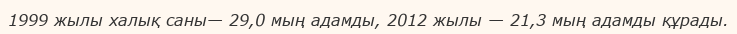
1999 жылы халық саны— 29,0 мың адамды, 2012 жылы — 21,3 мың адамды құрады.